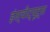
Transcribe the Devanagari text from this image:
इंस्चीट्यूट्स